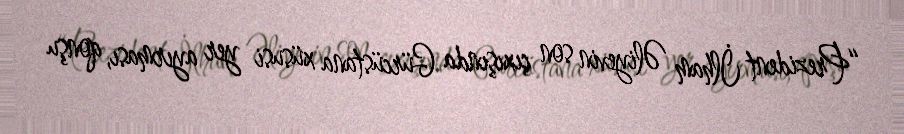
“Prezident İlham Əliyevin son çıxışında Gürcüstana xüsusi yer ayırması, qonşu